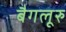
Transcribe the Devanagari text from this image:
बैगलूरु